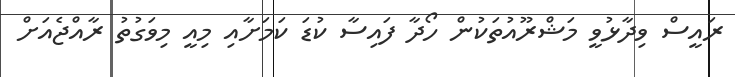
ރައީސް ވިދާޅުވީ މަޝްރޫއުތަކުން ހޯދާ ފައިސާ ކުޑަ ކަމަށާއި މިއީ މިވަގުތު ރާއްޖެއަށް